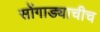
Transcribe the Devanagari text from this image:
सोंगाड्याचीच